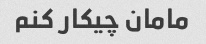
مامان چیکار کنم